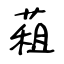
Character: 蒩